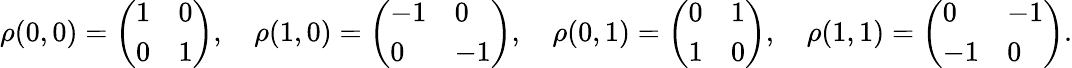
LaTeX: \rho({0},{0})={\left(\begin{array}{ll}{1}&{0}\\ {0}&{1}\end{array}\right)},\quad\rho({1},{0})={\left(\begin{array}{ll}{-1}&{0}\\ {0}&{-1}\end{array}\right)},\quad\rho({0},{1})={\left(\begin{array}{ll}{0}&{1}\\ {1}&{0}\end{array}\right)},\quad\rho({1},{1})={\left(\begin{array}{ll}{0}&{-1}\\ {-1}&{0}\end{array}\right)}.